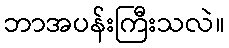
ဘာအပန်းကြီးသလဲ။